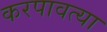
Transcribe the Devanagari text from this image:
करपावत्या